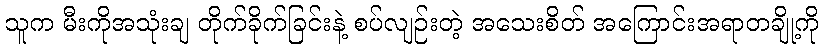
သူက မီးကိုအသုံးချ တိုက်ခိုက်ခြင်းနဲ့ စပ်လျဉ်းတဲ့ အသေးစိတ် အကြောင်းအရာတချို့ကို